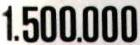
1.500.000